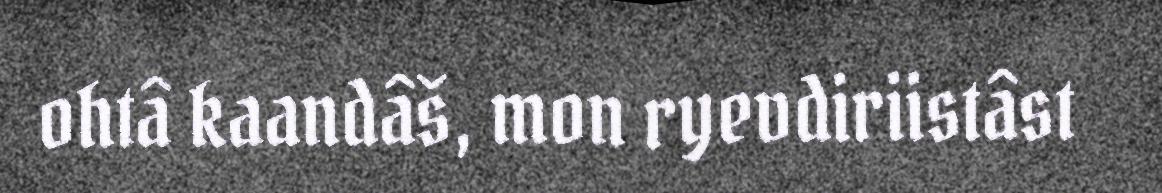
ohtâ kaandâš, mon ryevdiriistâst